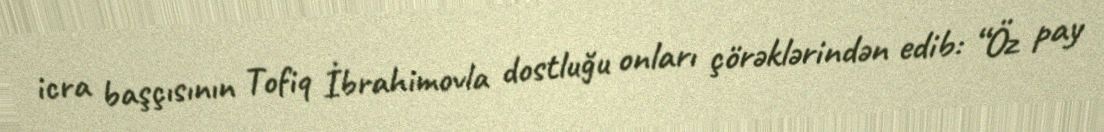
icra başçısının Tofiq İbrahimovla dostluğu onları çörəklərindən edib: “Öz pay